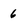
Character: 6